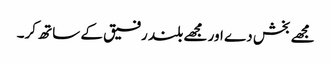
مجھے بخش دے اور مجھے بلند رفیق کے ساتھ کر۔